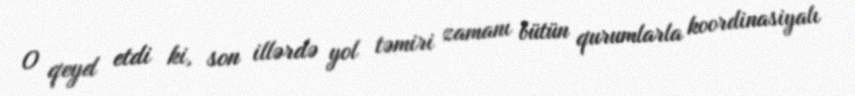
O qeyd etdi ki, son illərdə yol təmiri zamanı bütün qurumlarla koordinasiyalı